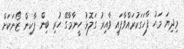
މިދިޔަ މަހު ފާހަގަކުރައްވާފައި ވާއިރު ގަލޮޅު ހީނާމާގޭ ހުރި ބިން ޕާކިން ޒޯނަކަށް